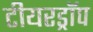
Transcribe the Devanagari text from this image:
टीयरड्रॉप